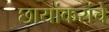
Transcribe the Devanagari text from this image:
छायांकरांचे